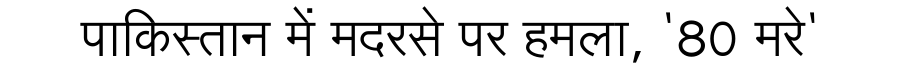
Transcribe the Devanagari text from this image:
पाकिस्तान में मदरसे पर हमला, '80 मरे'